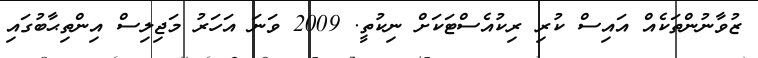
ޒުވާނުންތަކެއް އައިސް ކުރި ރިކުއެސްޓަކަށް ނިކުތީ. 2009 ވަނަ އަހަރު މަޖިލިސް އިންތިޙާބުގައި